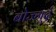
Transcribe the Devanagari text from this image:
बोज्नूर्द